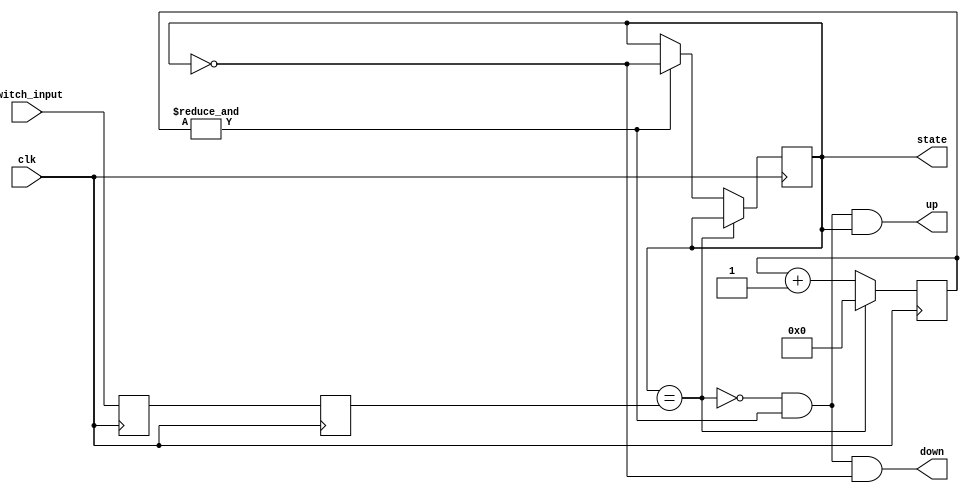
module button_debounce (
    input clk,             // clock
    input switch_input,    // direct input from switch
    output reg state,      // 1 while button is pressed
    output up,             // 1 for a single clock cycle when button is released
    output down            // 1 for a single clock cycle when button is pressed
  );
  
  localparam WIDTH = 16;
  
  // reference: https://www.fpga4fun.com/Debouncer.html

  // synchronize the switch input to the clock
  reg sync_0, sync_1;
  
  always @(posedge clk)
  begin
    sync_0 <= switch_input;
  end
  
  always @(posedge clk)
  begin
    sync_1 <= sync_0;
  end
  
  // debounce the synchronized switch input
  reg [WIDTH-1:0] count;
  wire idle = (state == sync_1);
  wire finished = &count;
  
  always @(posedge clk)
  begin
    if (idle) begin
      count <= 0;
    end else begin
      count <= count + 1;
      if (finished) begin
        state <= ~state;
      end
    end
  end
  
  assign down = ~idle & finished & ~state;
  assign up = ~idle & finished & state;
  
endmodule